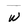
Character: W